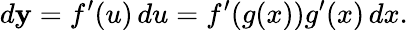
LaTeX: d\mathbf{y}=f^{\prime}(u)\, du=f^{\prime}(g(x))g^{\prime}(x)\, dx.